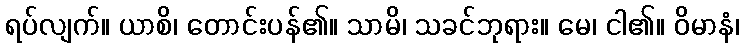
ရပ်လျက်။ ယာစိ၊ တောင်းပန်၏။ သာမိ၊ သခင်ဘုရား။ မေ၊ ငါ၏။ ဝိမာနံ၊